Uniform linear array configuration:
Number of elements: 4
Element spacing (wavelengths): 1
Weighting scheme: cosine
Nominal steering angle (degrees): -45
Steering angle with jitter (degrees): -45.243
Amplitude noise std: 0.05
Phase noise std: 0.05

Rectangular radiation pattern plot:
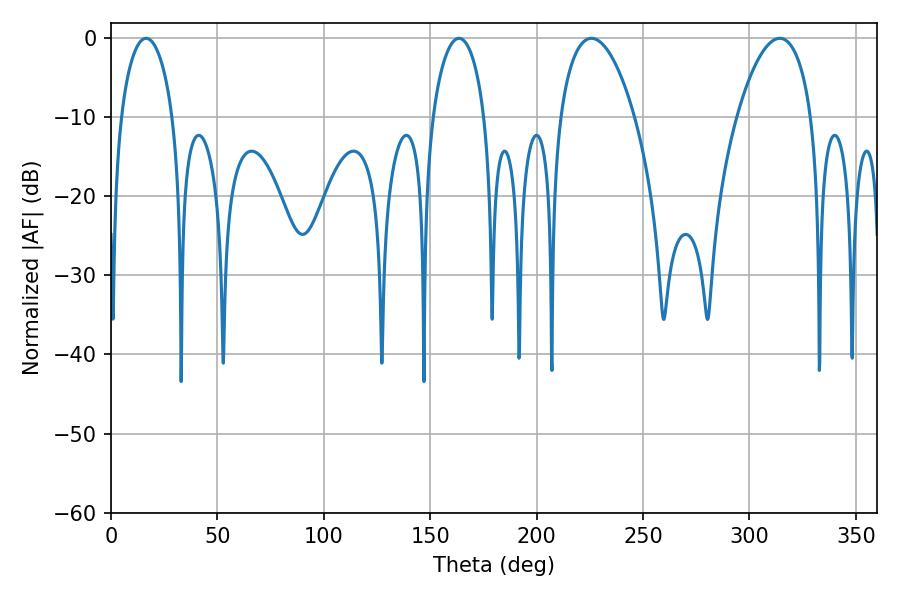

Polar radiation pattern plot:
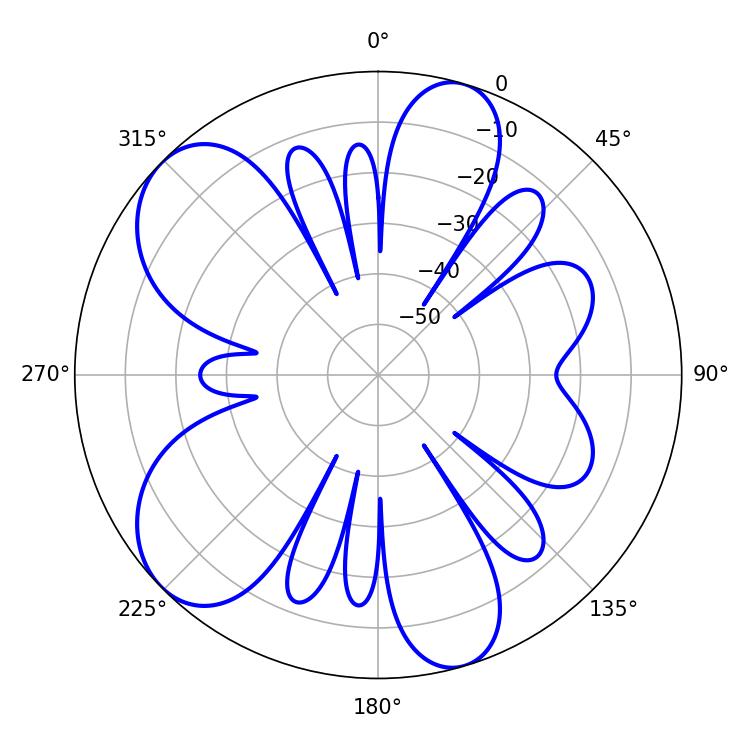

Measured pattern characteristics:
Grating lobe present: TRUE
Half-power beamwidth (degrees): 19.62
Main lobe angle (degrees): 314.28